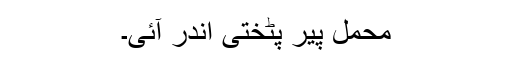
محمل پیر پٹختی اندر آئی۔